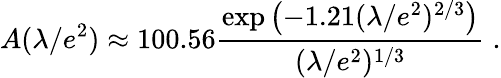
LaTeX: A(\lambda/e^{2})\approx 100.56{\frac{\exp\left(-1.21(\lambda/e^{2})^{2/3}\right)}{(\lambda/e^{2})^{1/3}}}\; .